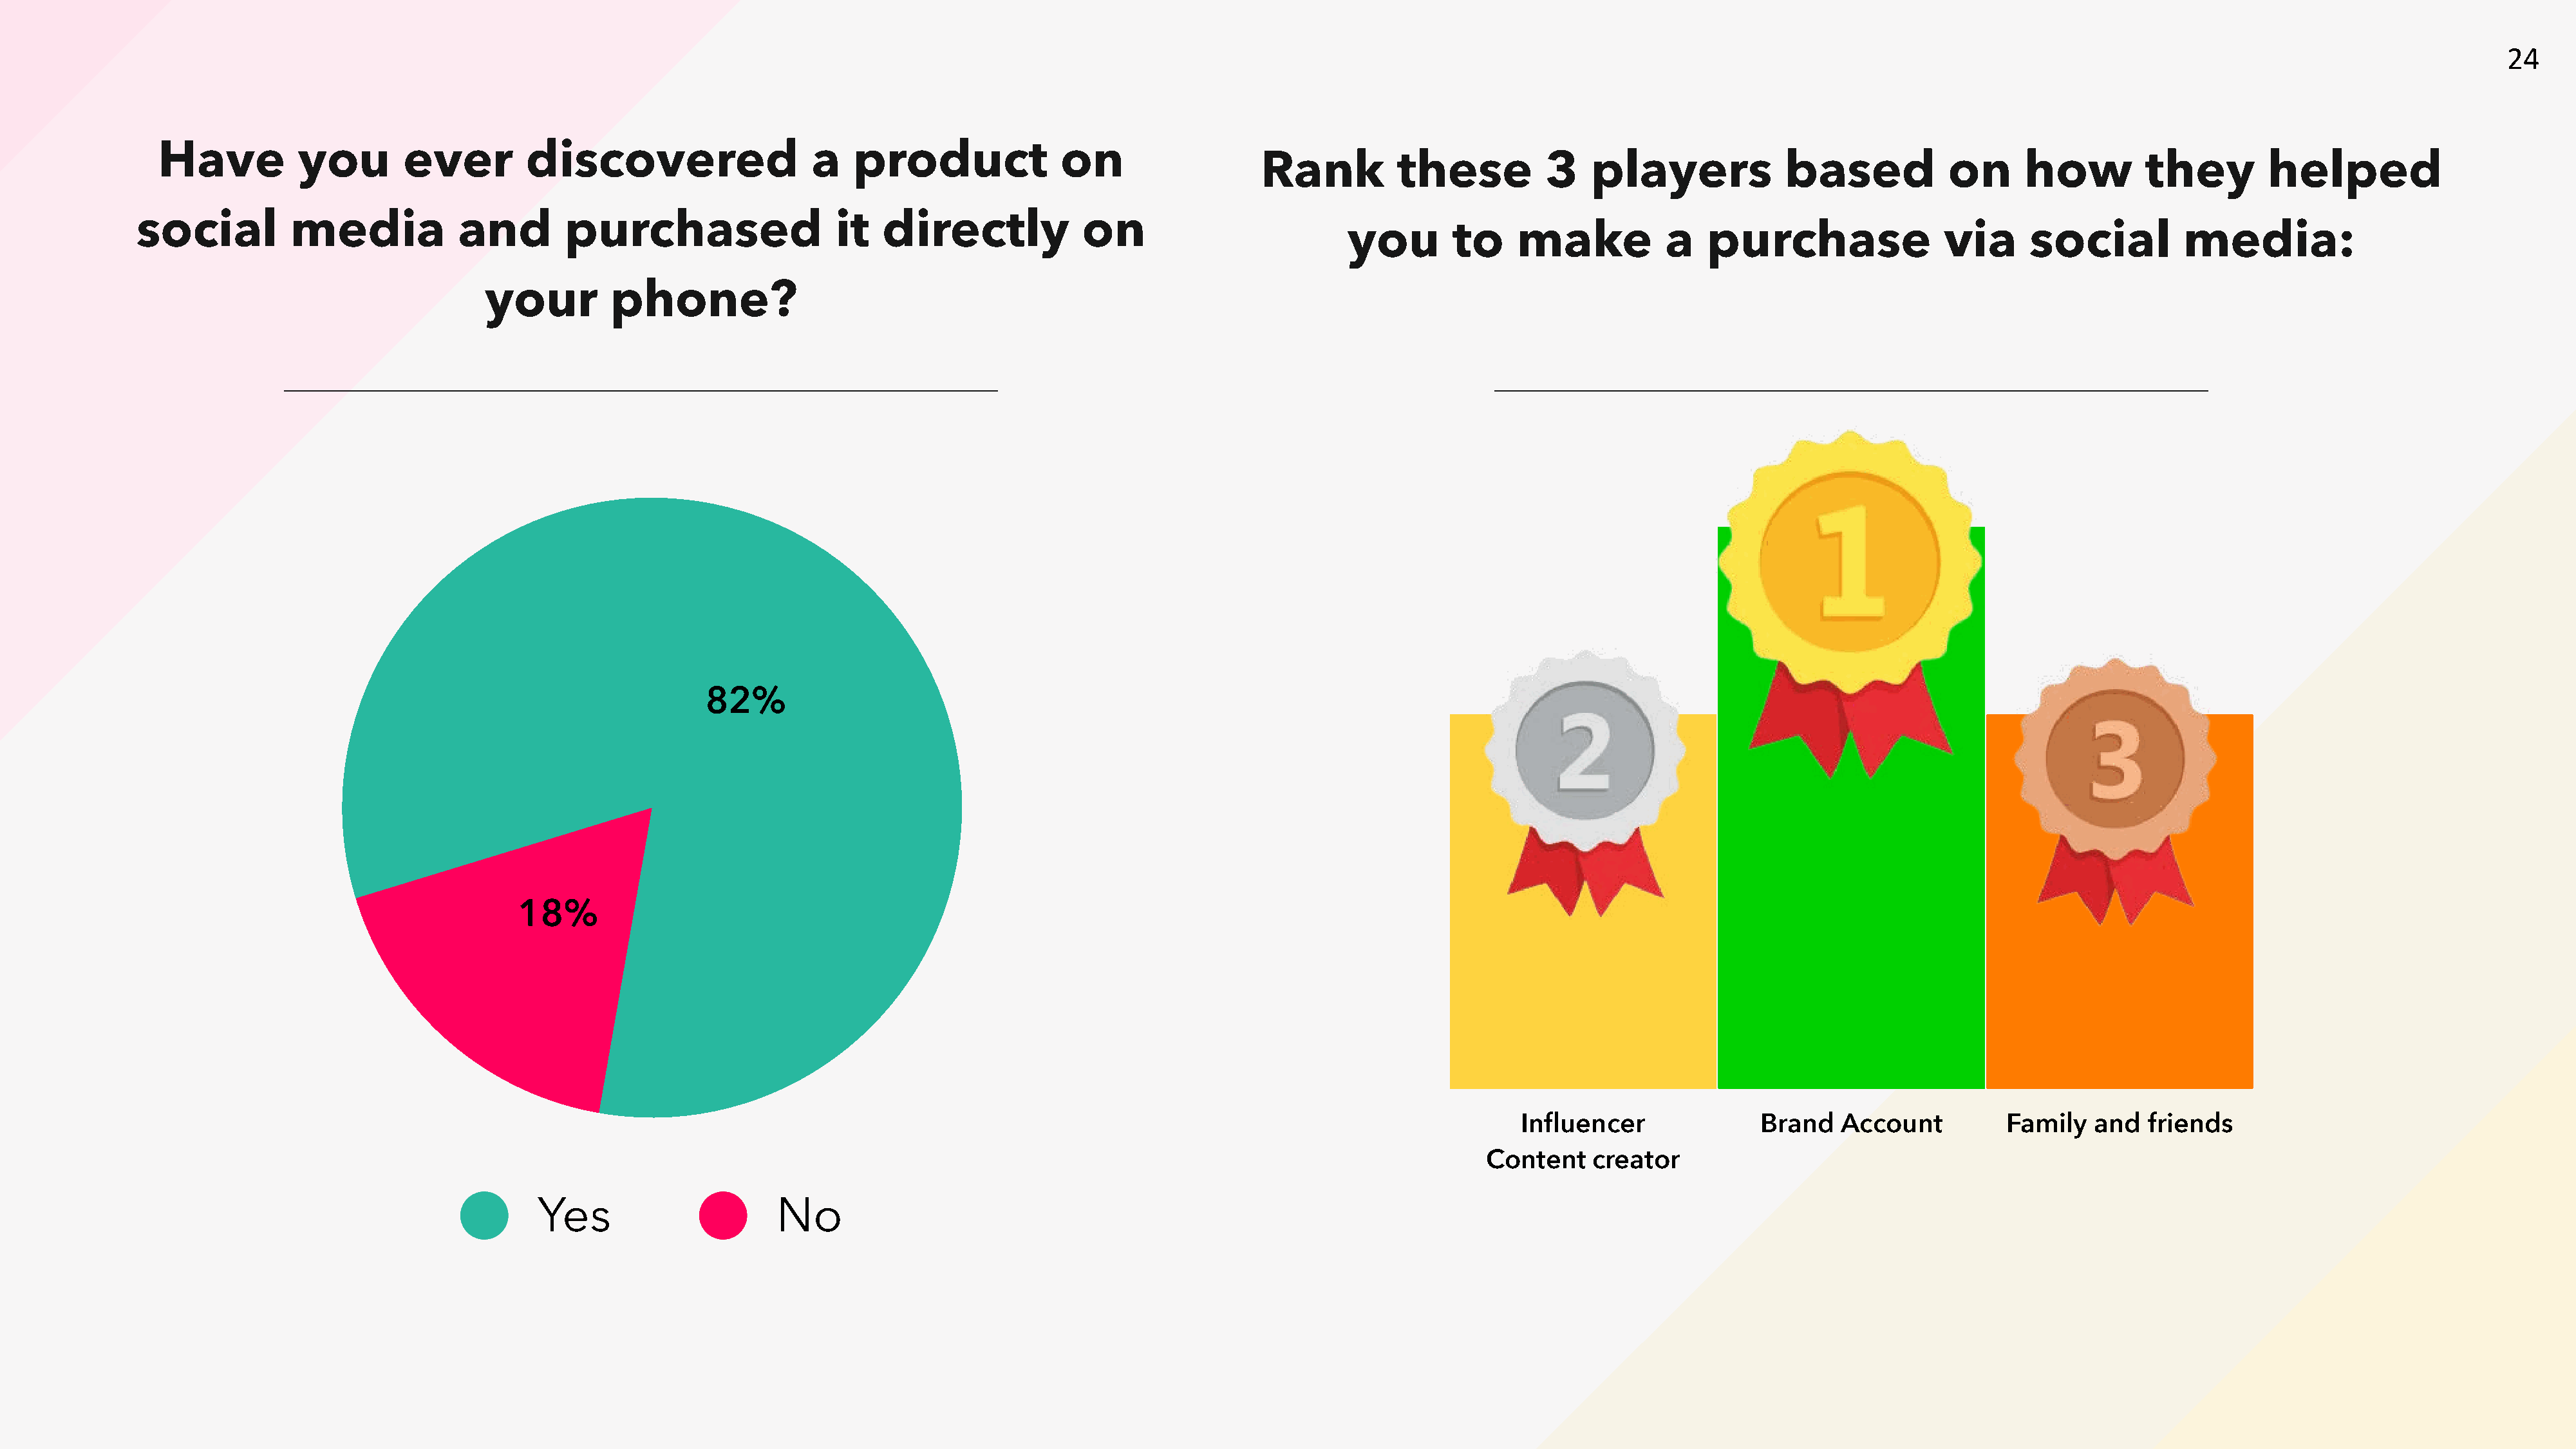
24
 Have           you       ever         discovered                   a    product              on
 Rank          these          3    players            based            on      how          they        helped
 social          media            and        purchased                   it   directly            on
 you       to     make           a   purchase                 via      social         media:
 your         phone?
 82%
 18%
 Influencer               Brand   Account          Family   and   friends
 Content    creator
 Yes                      No